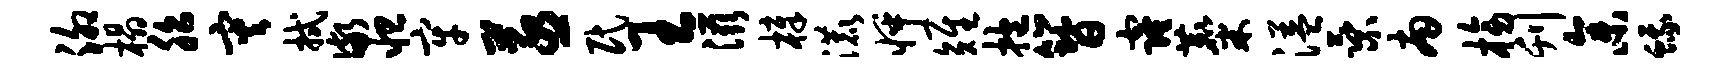
泖榻胎灾拭儆怛牢蒸民王滋樟漉怦雉抱簪窿麋溢乘南榜刊参蛾